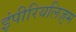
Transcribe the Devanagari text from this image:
इंपीरियलिज़्म